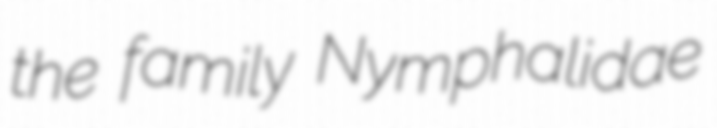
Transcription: the family Nymphalidae